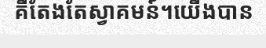
គឺតែងតែស្វាគមន៍។យើងបាន